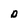
Character: D